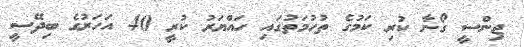
ޖިންސީ ގޯނާ ކުރި ކަމުގެ ތުހުމަތުގައި ހައްޔަރު ކުރީ 40 އަހަރުގެ ބިދޭސީ